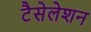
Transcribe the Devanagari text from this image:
टैसेलेशन